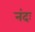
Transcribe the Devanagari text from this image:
नंदः